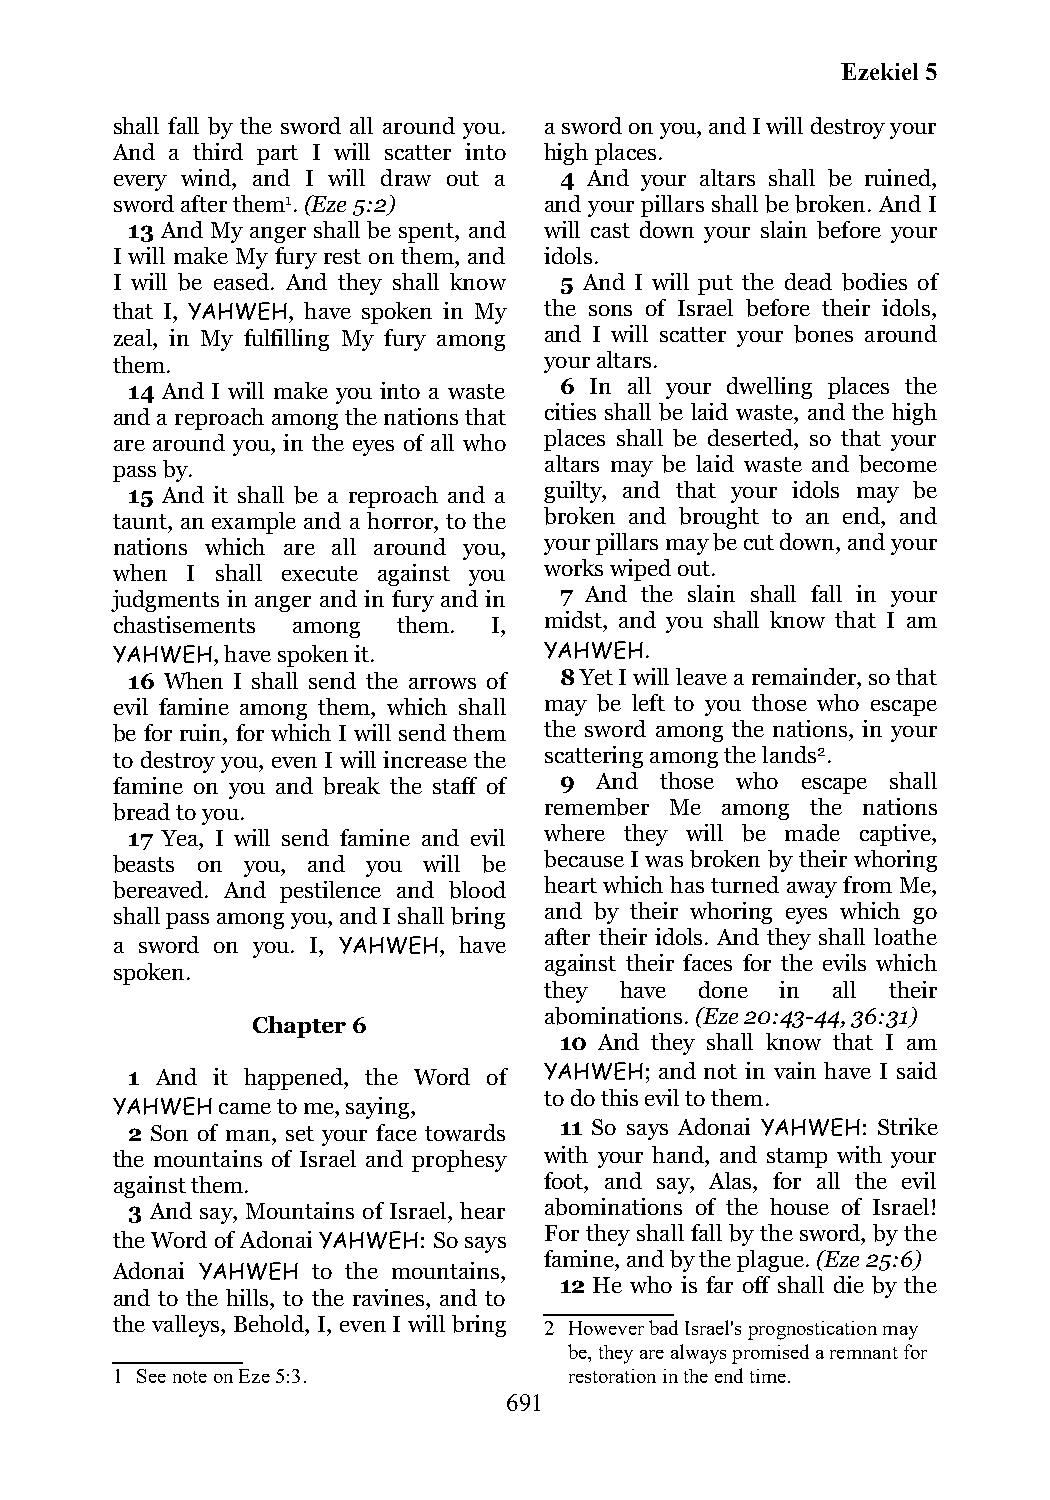
Ezekiel 5
 shall fall by the sword all around you. a sword on you, and I will destroy your
 And a third part I will scatter into high places.
 every wind, and I will draw out a 4 And your altars shall be ruined,
 sword after them1. (Eze 5:2) and your pillars shall be broken. And I
 13 And My anger shall be spent, and will cast down your slain before your
 I will make My fury rest on them, and idols.
 I will be eased. And they shall know 5 And I will put the dead bodies of
 that I, YAHWEH, have spoken in My the sons of Israel before their idols,
 zeal, in My fulfilling My fury among and I will scatter your bones around
 them.                        your altars.
 14 And I will make you into a waste 6 In all your dwelling places the
 and a reproach among the nations that cities shall be laid waste, and the high
 are around you, in the eyes of all who places shall be deserted, so that your
 pass by.                     altars may be laid waste and become
 15 And it shall be a reproach and a guilty, and that your idols may be
 taunt, an example and a horror, to the broken and brought to an end, and
 nations which are all around you, your pillars may be cut down, and your
 when I shall execute against you works wiped out.
 judgments in anger and in fury and in 7 And the slain shall fall in your
 chastisements among them. I, midst, and you shall know that I am
 YAHWEH, have spoken it.      YAHWEH.
 16 When I shall send the arrows of 8 Yet I will leave a remainder, so that
 evil famine among them, which shall may be left to you those who escape
 be for ruin, for which I will send them the sword among the nations, in your
 to destroy you, even I will increase the scattering among the lands2.
 famine on you and break the staff of 9 And those who escape shall
 bread to you.                remember Me among the nations
 17 Yea, I will send famine and evil where they will be made captive,
 beasts on you, and you will be because I was broken by their whoring
 bereaved. And pestilence and blood heart which has turned away from Me,
 shall pass among you, and I shall bring and by their whoring eyes which go
 after their idols. And they shall loathe
 a sword on you. I, YAHWEH, have
 against their faces for the evils which
 spoken.
 they have done  in all their
 abominations. (Eze 20:43-44, 36:31)
 Chapter 6
 10 And they shall know that I am
 1 And it happened, the Word of YAHWEH; and not in vain have I said
 to do this evil to them.
 YAHWEH came to me, saying,
 2 Son of man, set your face towards 11 So says Adonai YAHWEH: Strike
 the mountains of Israel and prophesy with your hand, and stamp with your
 against them.                foot, and say, Alas, for all the evil
 3 And say, Mountains of Israel, hear abominations of the house of Israel!
 For they shall fall by the sword, by the
 the Word of Adonai YAHWEH: So says
 famine, and by the plague. (Eze 25:6)
 Adonai YAHWEH to the mountains,
 12 He who is far off shall die by the
 and to the hills, to the ravines, and to
 the valleys, Behold, I, even I will bring 2 However bad Israel's prognostication may
 be, they are always promised a remnant for
 1 See note on Eze 5:3.         restoration in the end time.
 691